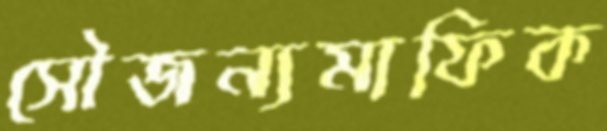
সৌজন্যমাফিক